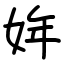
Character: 姩